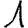
Digit: 1